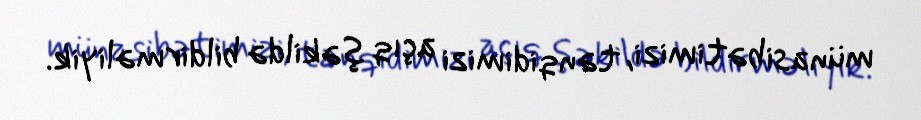
münasibətimizi, tənqidimizi açıq şəkildə bildirməliyik.